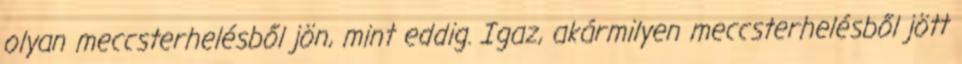
olyan meccsterhelésből jön, mint eddig. Igaz, akármilyen meccsterhelésből jött